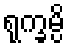
ရုက္ခမ္ပိ